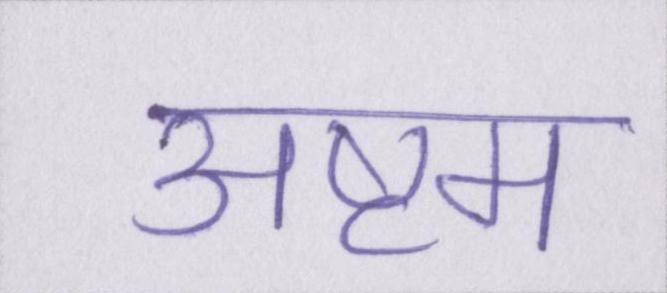
अष्टम